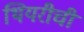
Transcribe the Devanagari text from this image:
थियरीची